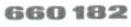
 660182